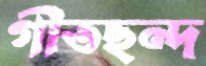
গীতছন্দ